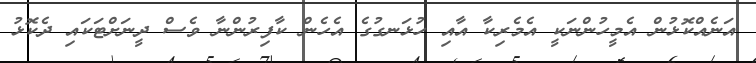
އަނެއްކޮޅުން އެމީހުންނަކީ އެމެރިކާ އާއި ހުޅަނގުގެ އެހެން ކާފިރުންނާ ވެސް ދީނަށްޓަކައި ދެކޮޅު